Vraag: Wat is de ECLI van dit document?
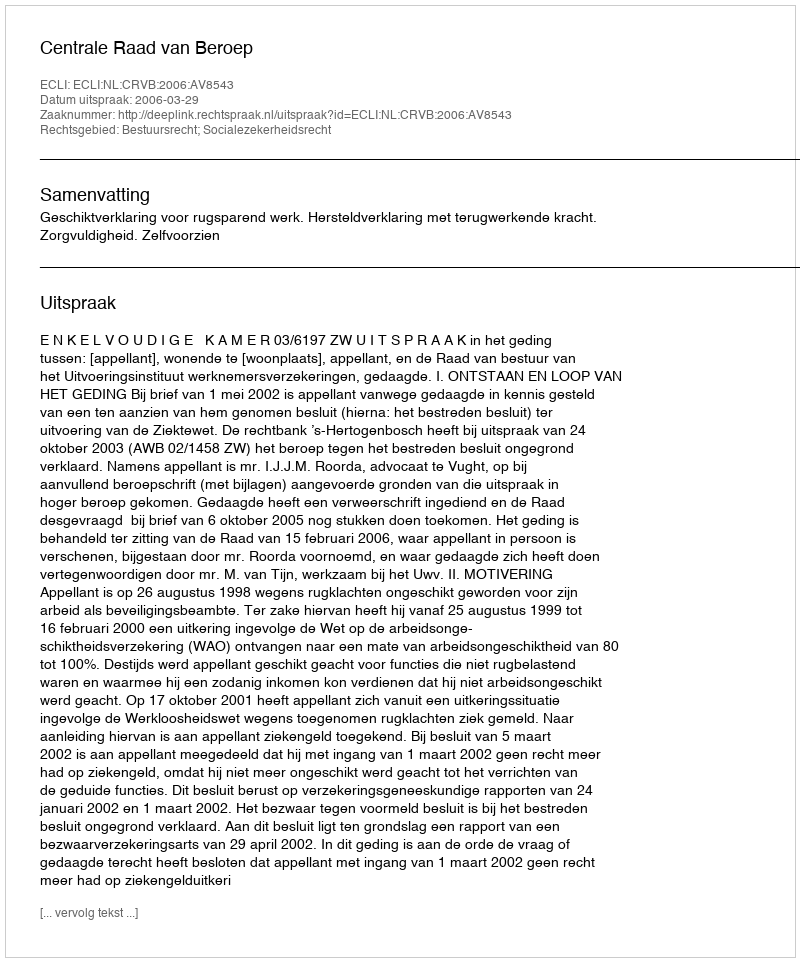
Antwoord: ECLI:NL:CRVB:2006:AV8543